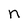
Character: n